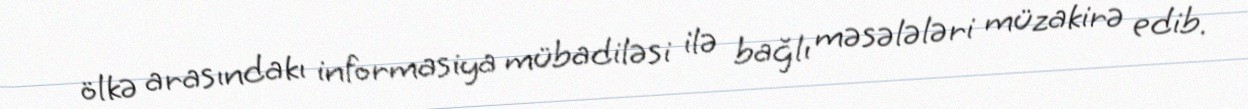
ölkə arasındakı informasiya mübadiləsi ilə bağlı məsələləri müzakirə edib.